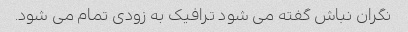
نگران نباش گفته می شود ترافیک به زودی تمام می شود.